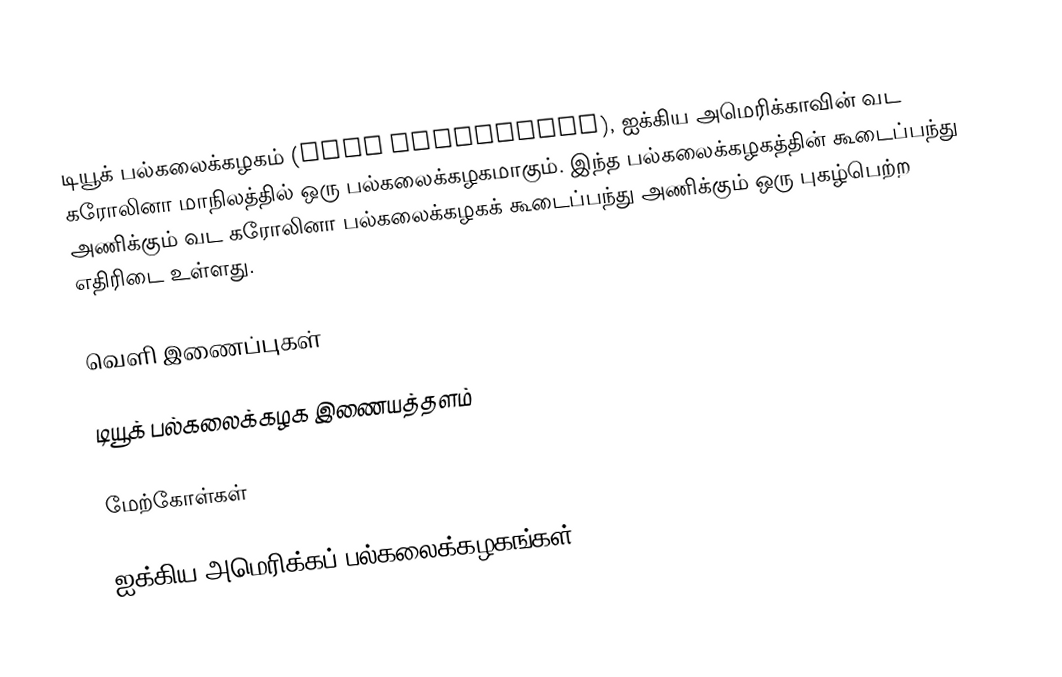
டியூக் பல்கலைக்கழகம் (Duke University), ஐக்கிய அமெரிக்காவின் வட கரோலினா மாநிலத்தில் ஒரு பல்கலைக்கழகமாகும். இந்த பல்கலைக்கழகத்தின் கூடைப்பந்து அணிக்கும் வட கரோலினா பல்கலைக்கழகக் கூடைப்பந்து அணிக்கும் ஒரு புகழ்பெற்ற எதிரிடை உள்ளது.

வெளி இணைப்புகள்

 டியூக் பல்கலைக்கழக இணையத்தளம்

மேற்கோள்கள்

ஐக்கிய அமெரிக்கப் பல்கலைக்கழகங்கள்